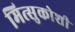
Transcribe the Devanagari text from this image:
मित्सुकोशी